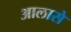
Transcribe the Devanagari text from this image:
आलासे